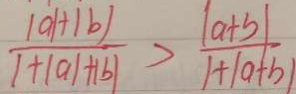
\frac { \vert a \vert + \vert b \vert } { 1 + \vert a \vert + \vert b \vert } > \frac { \vert a + b \vert } { 1 + \vert a + b \vert }